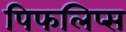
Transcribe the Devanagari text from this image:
पिफलिप्स